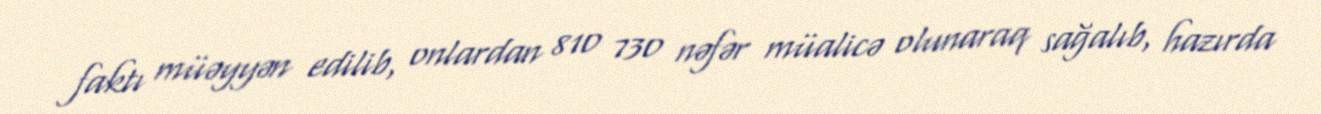
faktı müəyyən edilib, onlardan 810 730 nəfər müalicə olunaraq sağalıb, hazırda